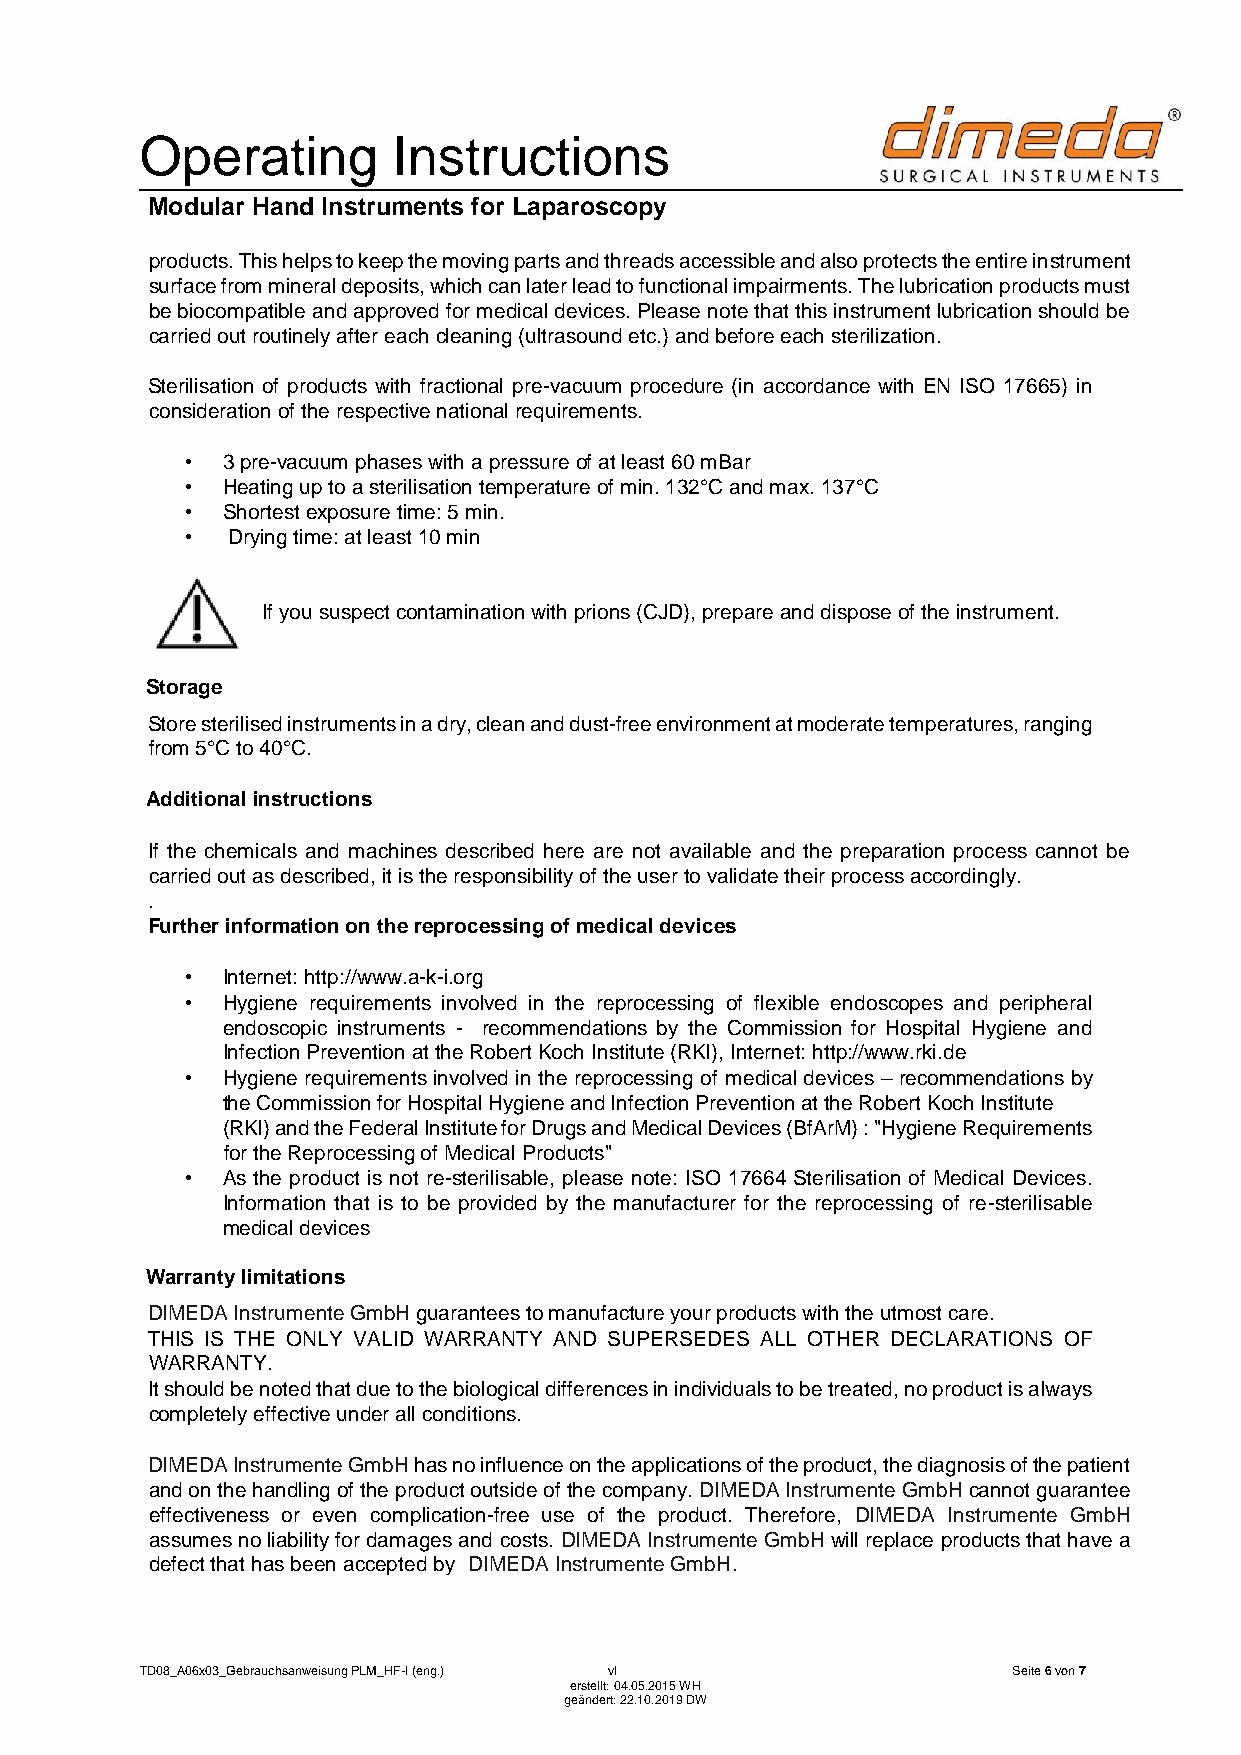
Operating        Instructions
 Modular Hand Instruments for Laparoscopy
 products. This helps to keep the moving parts and threads accessible and also protects the entire instrument
 surface from mineral deposits, which can later lead to functional impairments. The lubrication products must
 be biocompatible and approved for medical devices. Please note that this instrument lubrication should be
 carried out routinely after each cleaning (ultrasound etc.) and before each sterilization.
 Sterilisation of products with fractional pre-vacuum procedure (in accordance with EN ISO 17665) in
 consideration of the respective national requirements.
 •  3 pre-vacuum phases with a pressure of at least 60 mBar
 •  Heating up to a sterilisation temperature of min. 132°C and max. 137°C
 •  Shortest exposure time: 5 min.
 •  Drying time: at least 10 min
 If you suspect contamination with prions (CJD), prepare and dispose of the instrument.
 Storage
 Store sterilised instruments in a dry, clean and dust-free environment at moderate temperatures, ranging
 from 5°C to 40°C.
 Additional instructions
 If the chemicals and machines described here are not available and the preparation process cannot be
 carried out as described, it is the responsibility of the user to validate their process accordingly.
 .
 Further information on the reprocessing of medical devices
 •  Internet: http://www.a-k-i.org
 •  Hygiene requirements involved in the reprocessing of flexible endoscopes and peripheral
 endoscopic instruments - recommendations by the Commission for Hospital Hygiene and
 Infection Prevention at the Robert Koch Institute (RKI), Internet: http://www.rki.de
 •  Hygiene requirements involved in the reprocessing of medical devices – recommendations by
 the Commission for Hospital Hygiene and Infection Prevention at the Robert Koch Institute
 (RKI) and the Federal Institute for Drugs and Medical Devices (BfArM) : "Hygiene Requirements
 for the Reprocessing of Medical Products"
 •  As the product is not re-sterilisable, please note: ISO 17664 Sterilisation of Medical Devices.
 Information that is to be provided by the manufacturer for the reprocessing of re-sterilisable
 medical devices
 Warranty limitations
 DIMEDA Instrumente GmbH guarantees to manufacture your products with the utmost care.
 THIS IS THE ONLY VALID WARRANTY AND SUPERSEDES ALL OTHER DECLARATIONS OF
 WARRANTY.
 It should be noted that due to the biological differences in individuals to be treated, no product is always
 completely effective under all conditions.
 DIMEDA Instrumente GmbH has no influence on the applications of the product, the diagnosis of the patient
 and on the handling of the product outside of the company. DIMEDA Instrumente GmbH cannot guarantee
 effectiveness or even complication-free use of the product. Therefore, DIMEDA Instrumente GmbH
 assumes no liability for damages and costs. DIMEDA Instrumente GmbH will replace products that have a
 defect that has been accepted by DIMEDA Instrumente GmbH.
 TD08_A06x03_Gebrauchsanweisung PLM_HF-I (eng.) vI         Seite 6 von 7
 erstellt: 04.05.2015 WH
 geändert: 22.10.2019 DW